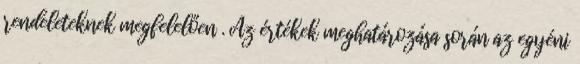
rendeleteknek megfelelően . Az értékek meghatározása során az egyéni